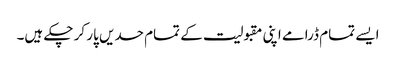
ایسے تمام ڈرامے اپنی مقبولیت کے تمام حدیں پار کر چکے ہیں۔